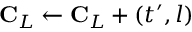
\mathbf { C } _ { L } \gets \mathbf { C } _ { L } + ( t ^ { \prime } , l )